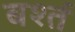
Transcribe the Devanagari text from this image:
बर्श्त